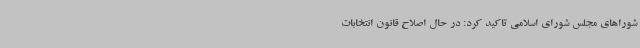
شوراهای مجلس شورای اسلامی تاکید کرد: در حال اصلاح قانون انتخابات